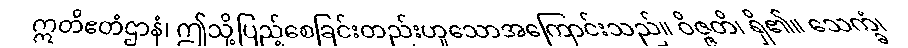
ဣတိဧတံဌာနံ၊ ဤသို့ပြည့်စေခြင်းတည်းဟူသောအကြောင်းသည်။ ဝိဇ္ဇတိ၊ ရှိ၏။ သေက္ခံ၊